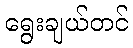
ရွေးချယ်တင်